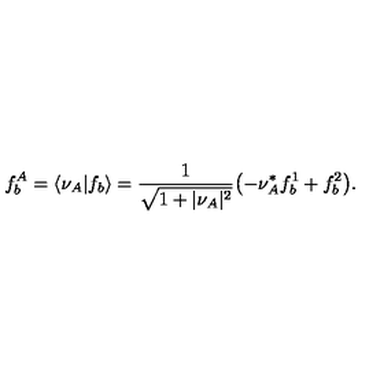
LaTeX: f _ { b } ^ { A } = \langle \nu _ { A } \vert f _ { b } \rangle = { \frac { 1 } { \sqrt { 1 + \vert \nu _ { A } \vert ^ { 2 } } } } \bigl ( - \nu _ { A } ^ { * } f _ { b } ^ { 1 } + f _ { b } ^ { 2 } \bigr ) .